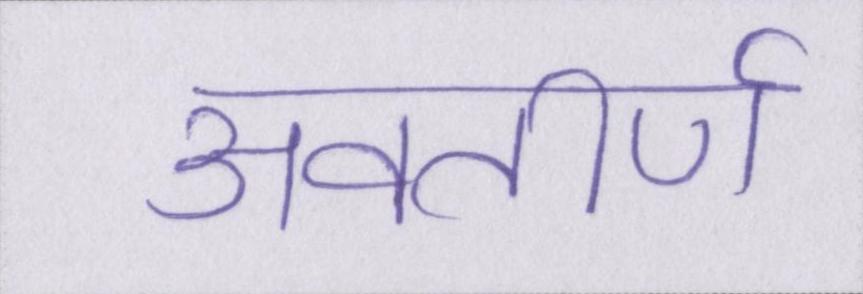
अवतीर्ण